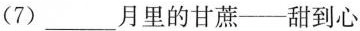
(7) ___月里的甘蔗——甜到心